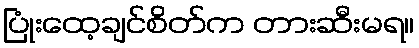
ပြုံးထေ့ချင်စိတ်က တားဆီးမရ။